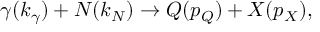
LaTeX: \gamma ( k _ { \gamma } ) + N ( k _ { N } ) \rightarrow Q ( p _ { Q } ) + X ( p _ { X } ) ,